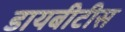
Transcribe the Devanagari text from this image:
डायबीटीस